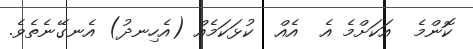
ކޮންމެ  އަކަށްމެ އެ  އެއް  ކުޅަކަމެއް (އެހިނދު) އެނގޭނެތެވެ.